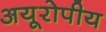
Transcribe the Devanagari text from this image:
अयूरोपीय